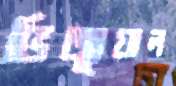
ভিজ্যুয়াল